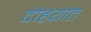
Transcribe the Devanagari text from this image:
दोहय़ात